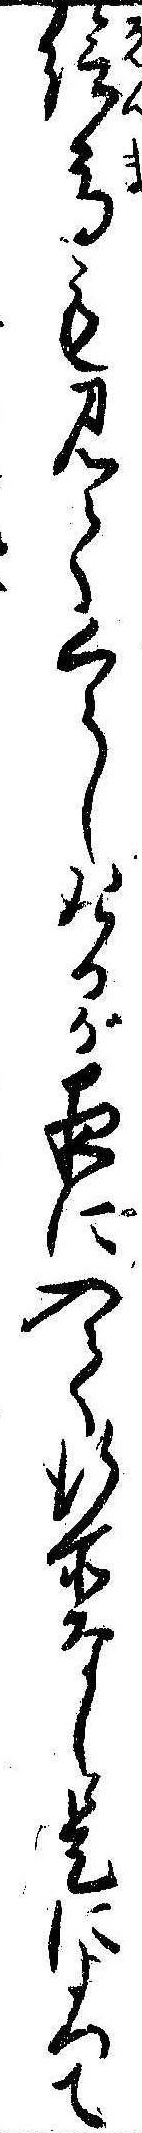
絵馬も見てくらしけるが夜に入て行所なし是によつて